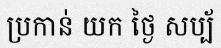
ប្រកាន់ យក ថ្ងៃ សប្ប័